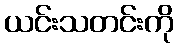
ယင်းသတင်းကို